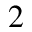
_ 2